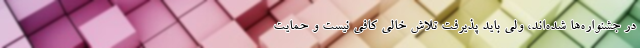
در جشنواره‌ها شده‌اند، ولی باید پذیرفت تلاش خالی کافی نیست و حمایت